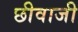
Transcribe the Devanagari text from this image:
छीवाजी